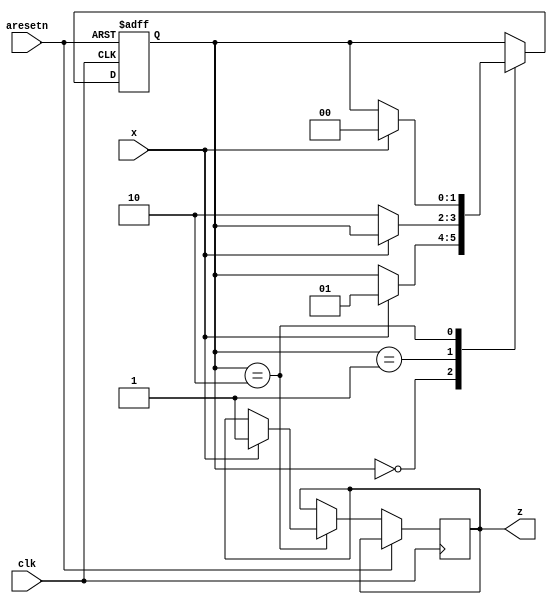
module top_module (
    input clk,
    input aresetn,    // Asynchronous active-low reset
    input x,
    output z ); 

    // State machine variables
    reg [1:0] state = 2'b00;
    reg z = 1'b0;

    // Mealy-type state machine logic
    always @(posedge clk or posedge aresetn) begin
      if (aresetn) begin
        state <= 2'b00;
      end else begin
        case (state)
          2'b00:
            if (x == 1'b1) begin
              state <= 2'b01;
            end
          2'b01:
            if (x == 1'b0) begin
              state <= 2'b10;
            end
          2'b10:
            if (x == 1'b1) begin
              state <= 2'b00;
              z <= 1'b1;
            end
        endcase
      end
    end

endmodule